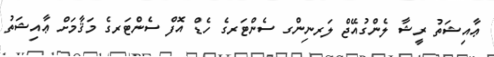
ޢާއިޝަތު ރީޝާ ލެންގުއޭޖް ލަރނިންގ ސެންޓަރގެ ހެޑް އޮފް ސެންޓަރގެ މަޤާމަށް ޢާއިޝަތު